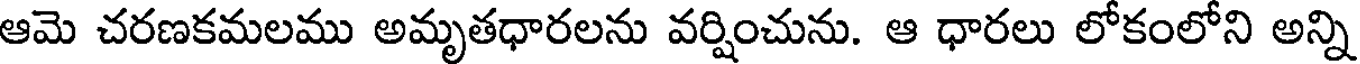
ఆమె చరణకమలము అమృతధారలను వర్షించును. ఆ ధారలు లోకంలోని అన్ని